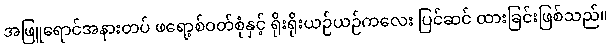
အဖြူရောင်အနားတပ် ဖရော့စ်ဝတ်စုံနှင့် ရိုးရိုးယဉ်ယဉ်ကလေး ပြင်ဆင် ထားခြင်းဖြစ်သည်။